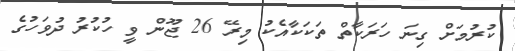
ކުރުމަށް ގިނަ ހަރަކާތް ތަކަކާއެކު މިރޭ 26 ޖޫން ވީ ހުކުރު ދުވަހުގެ